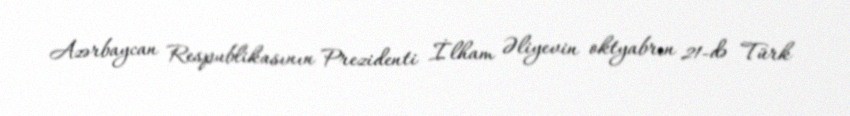
Azərbaycan Respublikasının Prezidenti İlham Əliyevin oktyabrın 21-də Türk